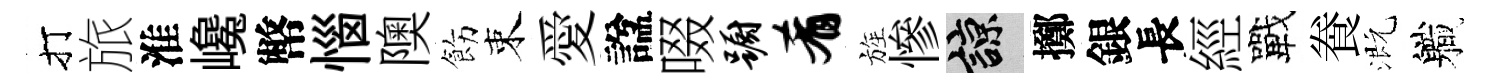
打旅淮巉幣惱隩飭束愛諡啜蹰肴旌慘諒擲銀長經戰飬溉軄